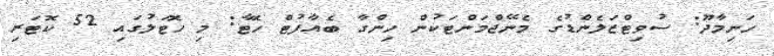
ހަނިމާދޫ: ސުވިޓްޒަލެންޑުގެ މެނޭޖްމަންޓަކުން ހިންގާ ބެއާފުޓް ހޮޓާ: މި ހޮޓަލުގައި 52 ކޮޓަރި